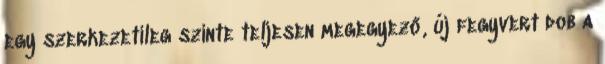
egy szerkezetileg szinte teljesen megegyező, új fegyvert dob a